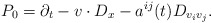
\begin{align*} P_0 = \partial_t - v \cdot D_x - a^{i j} (t) D_{v_i v_j}.\end{align*}